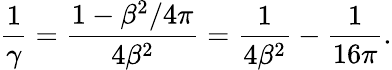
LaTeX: {\frac{1}{\gamma}}={\frac{1-\beta^{2}/4\pi}{4\beta^{2}}}={\frac{1}{4\beta^{2}}}-{\frac{1}{16\pi}}.